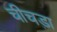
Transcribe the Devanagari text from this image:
चीचड़ा